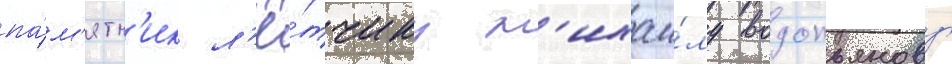
па́м'ятн'ик л'ё́тчику м'ихаи́лу водопьянову